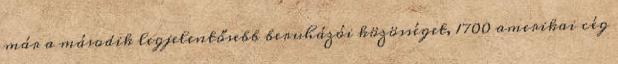
már a második legjelentősebb beruházói közösséget, 1700 amerikai cég